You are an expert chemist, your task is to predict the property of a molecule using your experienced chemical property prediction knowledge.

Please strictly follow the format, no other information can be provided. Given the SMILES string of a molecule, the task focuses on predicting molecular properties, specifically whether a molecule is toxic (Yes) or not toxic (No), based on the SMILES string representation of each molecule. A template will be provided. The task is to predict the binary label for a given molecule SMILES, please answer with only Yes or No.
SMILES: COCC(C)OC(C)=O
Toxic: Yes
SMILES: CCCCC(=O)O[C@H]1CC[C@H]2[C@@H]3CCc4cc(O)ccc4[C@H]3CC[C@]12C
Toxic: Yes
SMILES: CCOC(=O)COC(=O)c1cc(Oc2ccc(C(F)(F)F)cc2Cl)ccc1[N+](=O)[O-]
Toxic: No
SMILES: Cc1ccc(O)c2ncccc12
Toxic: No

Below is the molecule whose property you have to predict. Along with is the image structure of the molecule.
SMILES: CN(C)C(=O)C(c1ccccc1)c1ccccc1
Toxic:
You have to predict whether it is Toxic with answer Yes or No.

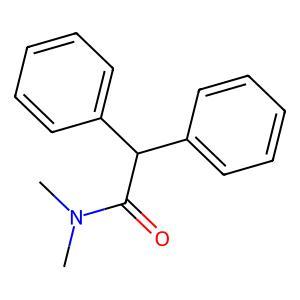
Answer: No